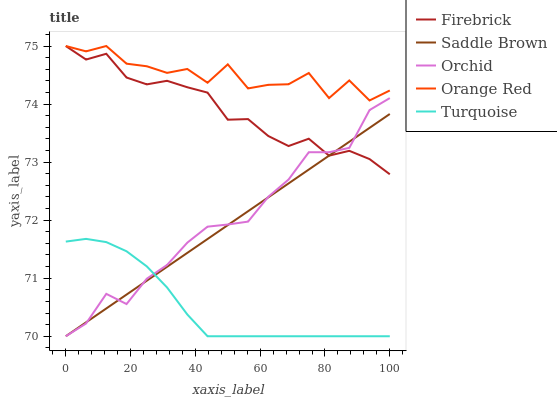
| xaxis_label | Firebrick | Saddle Brown | Orchid | Orange Red | Turquoise |
 | --- | --- | --- | --- | --- | --- |
 | 0 | 75 | 70 | 70 | 75 | 71.6 |
 | 6.25 | 74.8 | 70.2 | 70.2 | 74.9 | 71.7 |
 | 12.5 | 74.9 | 70.5 | 70.7 | 75 | 71.6 |
 | 18.8 | 74.5 | 70.7 | 70.6 | 74.7 | 71.5 |
 | 25 | 74.3 | 71 | 71 | 74.7 | 71.2 |
 | 31.2 | 74.4 | 71.2 | 71.2 | 74.5 | 70.8 |
 | 37.5 | 74.3 | 71.4 | 71.6 | 74.6 | 70.4 |
 | 43.8 | 74.2 | 71.7 | 71.9 | 74.4 | 70 |
 | 50 | 73.7 | 71.9 | 71.9 | 74.7 | 70 |
 | 56.2 | 73.7 | 72.2 | 72 | 74.3 | 70 |
 | 62.5 | 73.4 | 72.4 | 72.4 | 74.3 | 70 |
 | 68.8 | 73.3 | 72.6 | 72.7 | 74.3 | 70 |
 | 75 | 73.4 | 72.9 | 73.2 | 74.5 | 70 |
 | 81.2 | 73.1 | 73.1 | 73.2 | 74.1 | 70 |
 | 87.5 | 73.2 | 73.4 | 73.2 | 74.4 | 70 |
 | 93.8 | 73.1 | 73.6 | 73.9 | 74.1 | 70 |
 | 100 | 72.8 | 73.8 | 74.1 | 74.2 | 70 |